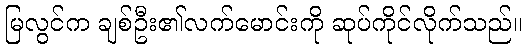
မြလွင်က ချစ်ဦး၏လက်မောင်းကို ဆုပ်ကိုင်လိုက်သည်။